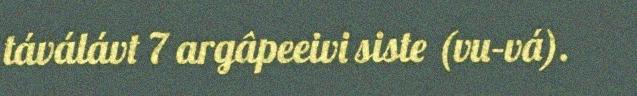
táválávt 7 argâpeeivi siste (vu–vá).